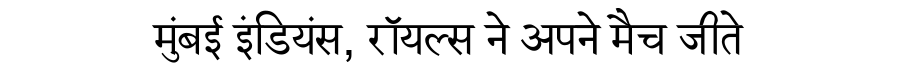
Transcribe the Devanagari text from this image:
मुंबई इंडियंस, रॉयल्स ने अपने मैच जीते